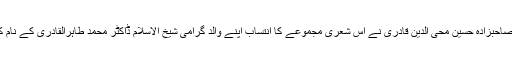
شاعر صاحبزادہ حسین محی الدین قادری نے اس شعری مجموعے کا انتساب اپنے والد گرامی شیخ الاسلام ڈاکٹر محمد طاہرالقادری کے نام کیا ہے۔